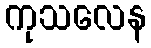
ကုသလေန